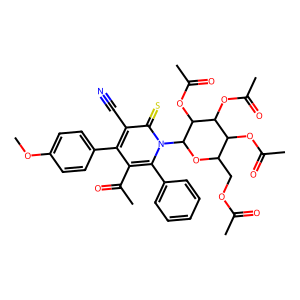
SMILES: COc1ccc(-c2c(C(C)=O)c(-c3ccccc3)n(C3OC(COC(C)=O)C(OC(C)=O)C(OC(C)=O)C3OC(C)=O)c(=S)c2C#N)cc1
Inhibits HIV replication: No